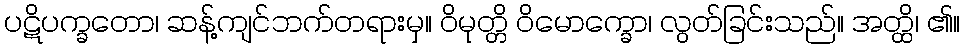
ပဋိပက္ခတော၊ ဆန့်ကျင်ဘက်တရားမှ။ ဝိမုတ္တိ ဝိမောက္ခော၊ လွတ်ခြင်းသည်။ အတ္ထိ၊ ၏။